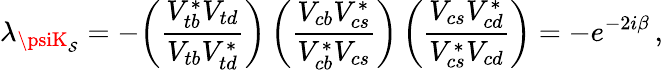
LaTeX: \lambda_{\psiK_{\mathcal{S}}}=-\bigg({\frac{{V_{tb}^{*}V_{td}}}{{V_{tb}V_{td}^{*}}}}\bigg)\, \bigg({\frac{{V_{cb}V_{cs}^{*}}}{{V_{cb}^{*}V_{cs}}}}\bigg)\, \bigg({\frac{{V_{cs}V_{cd}^{*}}}{{V_{cs}^{*}V_{cd}}}}\bigg)=-e^{-2i\beta}\, ,